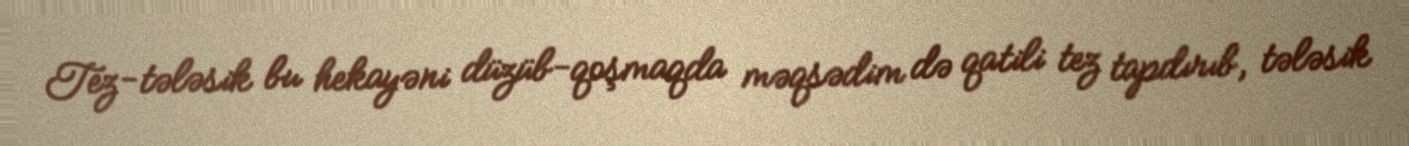
Tez-tələsik bu hekayəni düzüb-qoşmaqda məqsədim də qatili tez tapdırıb, tələsik